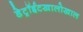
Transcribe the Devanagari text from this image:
डेट्रॉईटखालोखाल